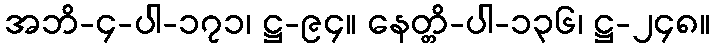
အဘိ-၄-ပါ-၁၇၁၊ ဋ္ဌ-၉၄။ နေတ္တိ-ပါ-၁၃၆၊ ဋ္ဌ-၂၄၈။